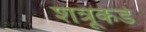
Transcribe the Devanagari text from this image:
शत्रूकडे